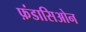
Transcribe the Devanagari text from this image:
फ़ंडासिओन